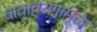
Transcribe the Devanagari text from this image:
वातावरणामूळे